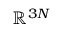
{ \ensuremath { \mathbb { R } } ^ { 3 N } }